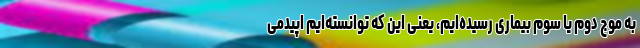
به موج دوم یا سوم بیماری رسیده‌ایم، یعنی این که توانسته‌ایم اپیدمی